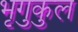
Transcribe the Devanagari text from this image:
भृगुकुल